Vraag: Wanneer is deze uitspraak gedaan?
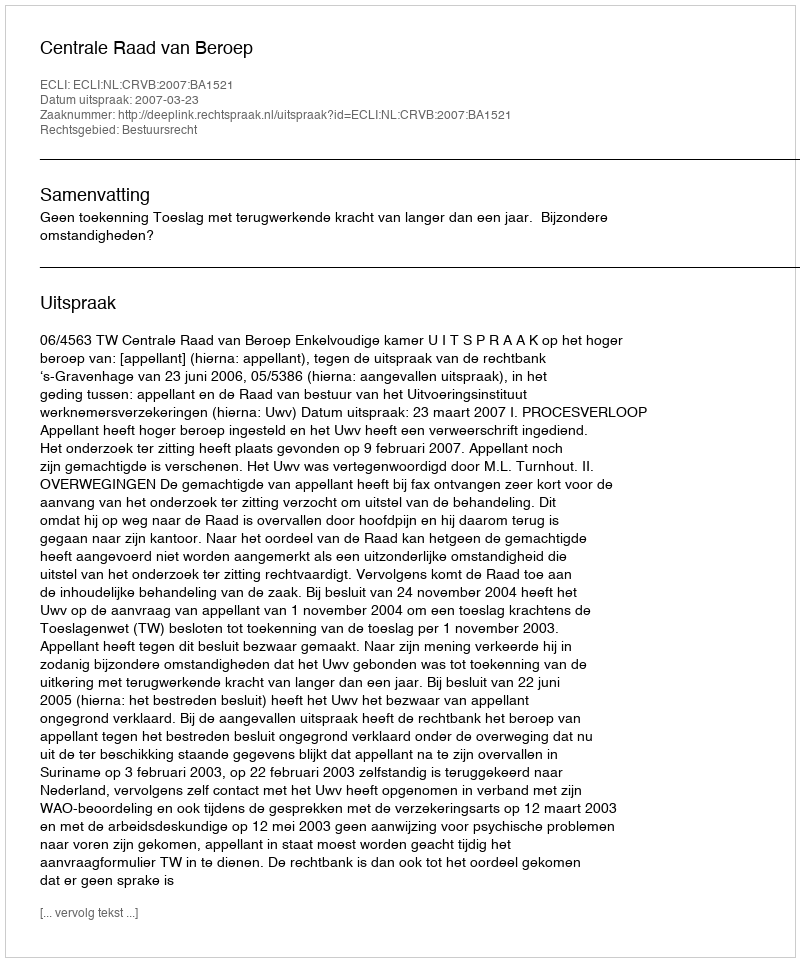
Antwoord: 2007-03-23